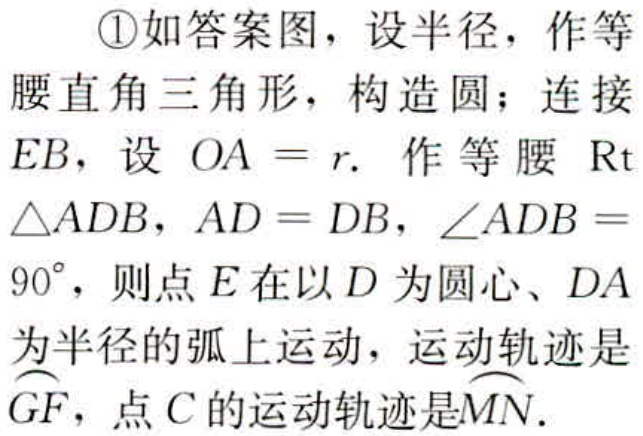
\textcircled{1}如答案图，设半径，作等腰直角三角形，构造圆；连接$EB$，设$OA = r$. 作等腰$\text{Rt}\triangle ADB$，$AD = DB$，$\angle ADB = 90^{\circ}$，则点$E$在以$D$为圆心、$DA$为半径的弧上运动，运动轨迹是$\overset{\frown}{GF}$，点$C$的运动轨迹是$\overset{\frown}{MN}$.